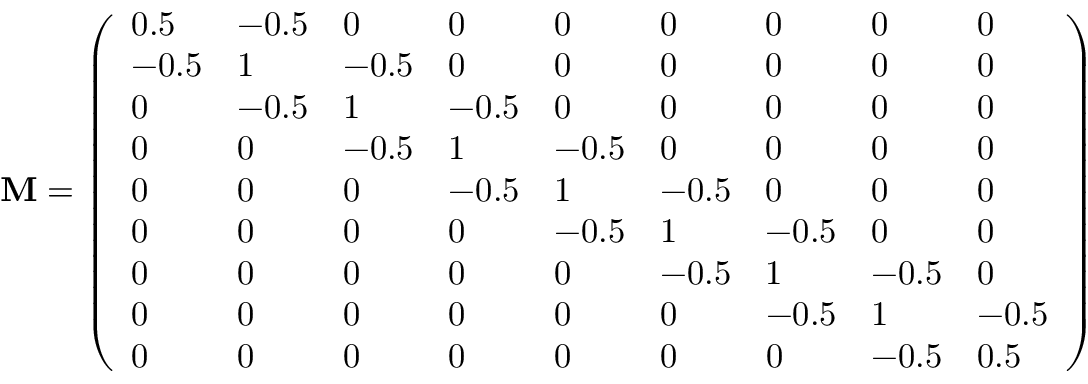
\bf { M } = \left( \begin{array} { l l l l l l l l l } { 0 . 5 } & { - 0 . 5 } & { 0 } & { 0 } & { 0 } & { 0 } & { 0 } & { 0 } & { 0 } \\ { - 0 . 5 } & { 1 } & { - 0 . 5 } & { 0 } & { 0 } & { 0 } & { 0 } & { 0 } & { 0 } \\ { 0 } & { - 0 . 5 } & { 1 } & { - 0 . 5 } & { 0 } & { 0 } & { 0 } & { 0 } & { 0 } \\ { 0 } & { 0 } & { - 0 . 5 } & { 1 } & { - 0 . 5 } & { 0 } & { 0 } & { 0 } & { 0 } \\ { 0 } & { 0 } & { 0 } & { - 0 . 5 } & { 1 } & { - 0 . 5 } & { 0 } & { 0 } & { 0 } \\ { 0 } & { 0 } & { 0 } & { 0 } & { - 0 . 5 } & { 1 } & { - 0 . 5 } & { 0 } & { 0 } \\ { 0 } & { 0 } & { 0 } & { 0 } & { 0 } & { - 0 . 5 } & { 1 } & { - 0 . 5 } & { 0 } \\ { 0 } & { 0 } & { 0 } & { 0 } & { 0 } & { 0 } & { - 0 . 5 } & { 1 } & { - 0 . 5 } \\ { 0 } & { 0 } & { 0 } & { 0 } & { 0 } & { 0 } & { 0 } & { - 0 . 5 } & { 0 . 5 } \end{array} \right)